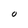
Character: O